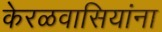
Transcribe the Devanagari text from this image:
केरळवासियांना